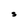
Character: S